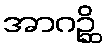
အာဂဉ္ဆိ